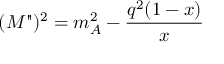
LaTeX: ( M " ) ^ { 2 } = m _ { A } ^ { 2 } - \frac { q ^ { 2 } ( 1 - x ) } { x }